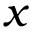
x